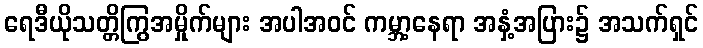
ရေဒီယိုသတ္တိကြွအမှိုက်များ အပါအဝင် ကမ္ဘာ့နေရာ အနှံ့အပြား၌ အသက်ရှင်